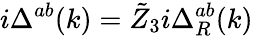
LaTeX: i\Delta^{ab}(k)=\tilde{Z}_{3}i\Delta_{R}^{ab}(k)